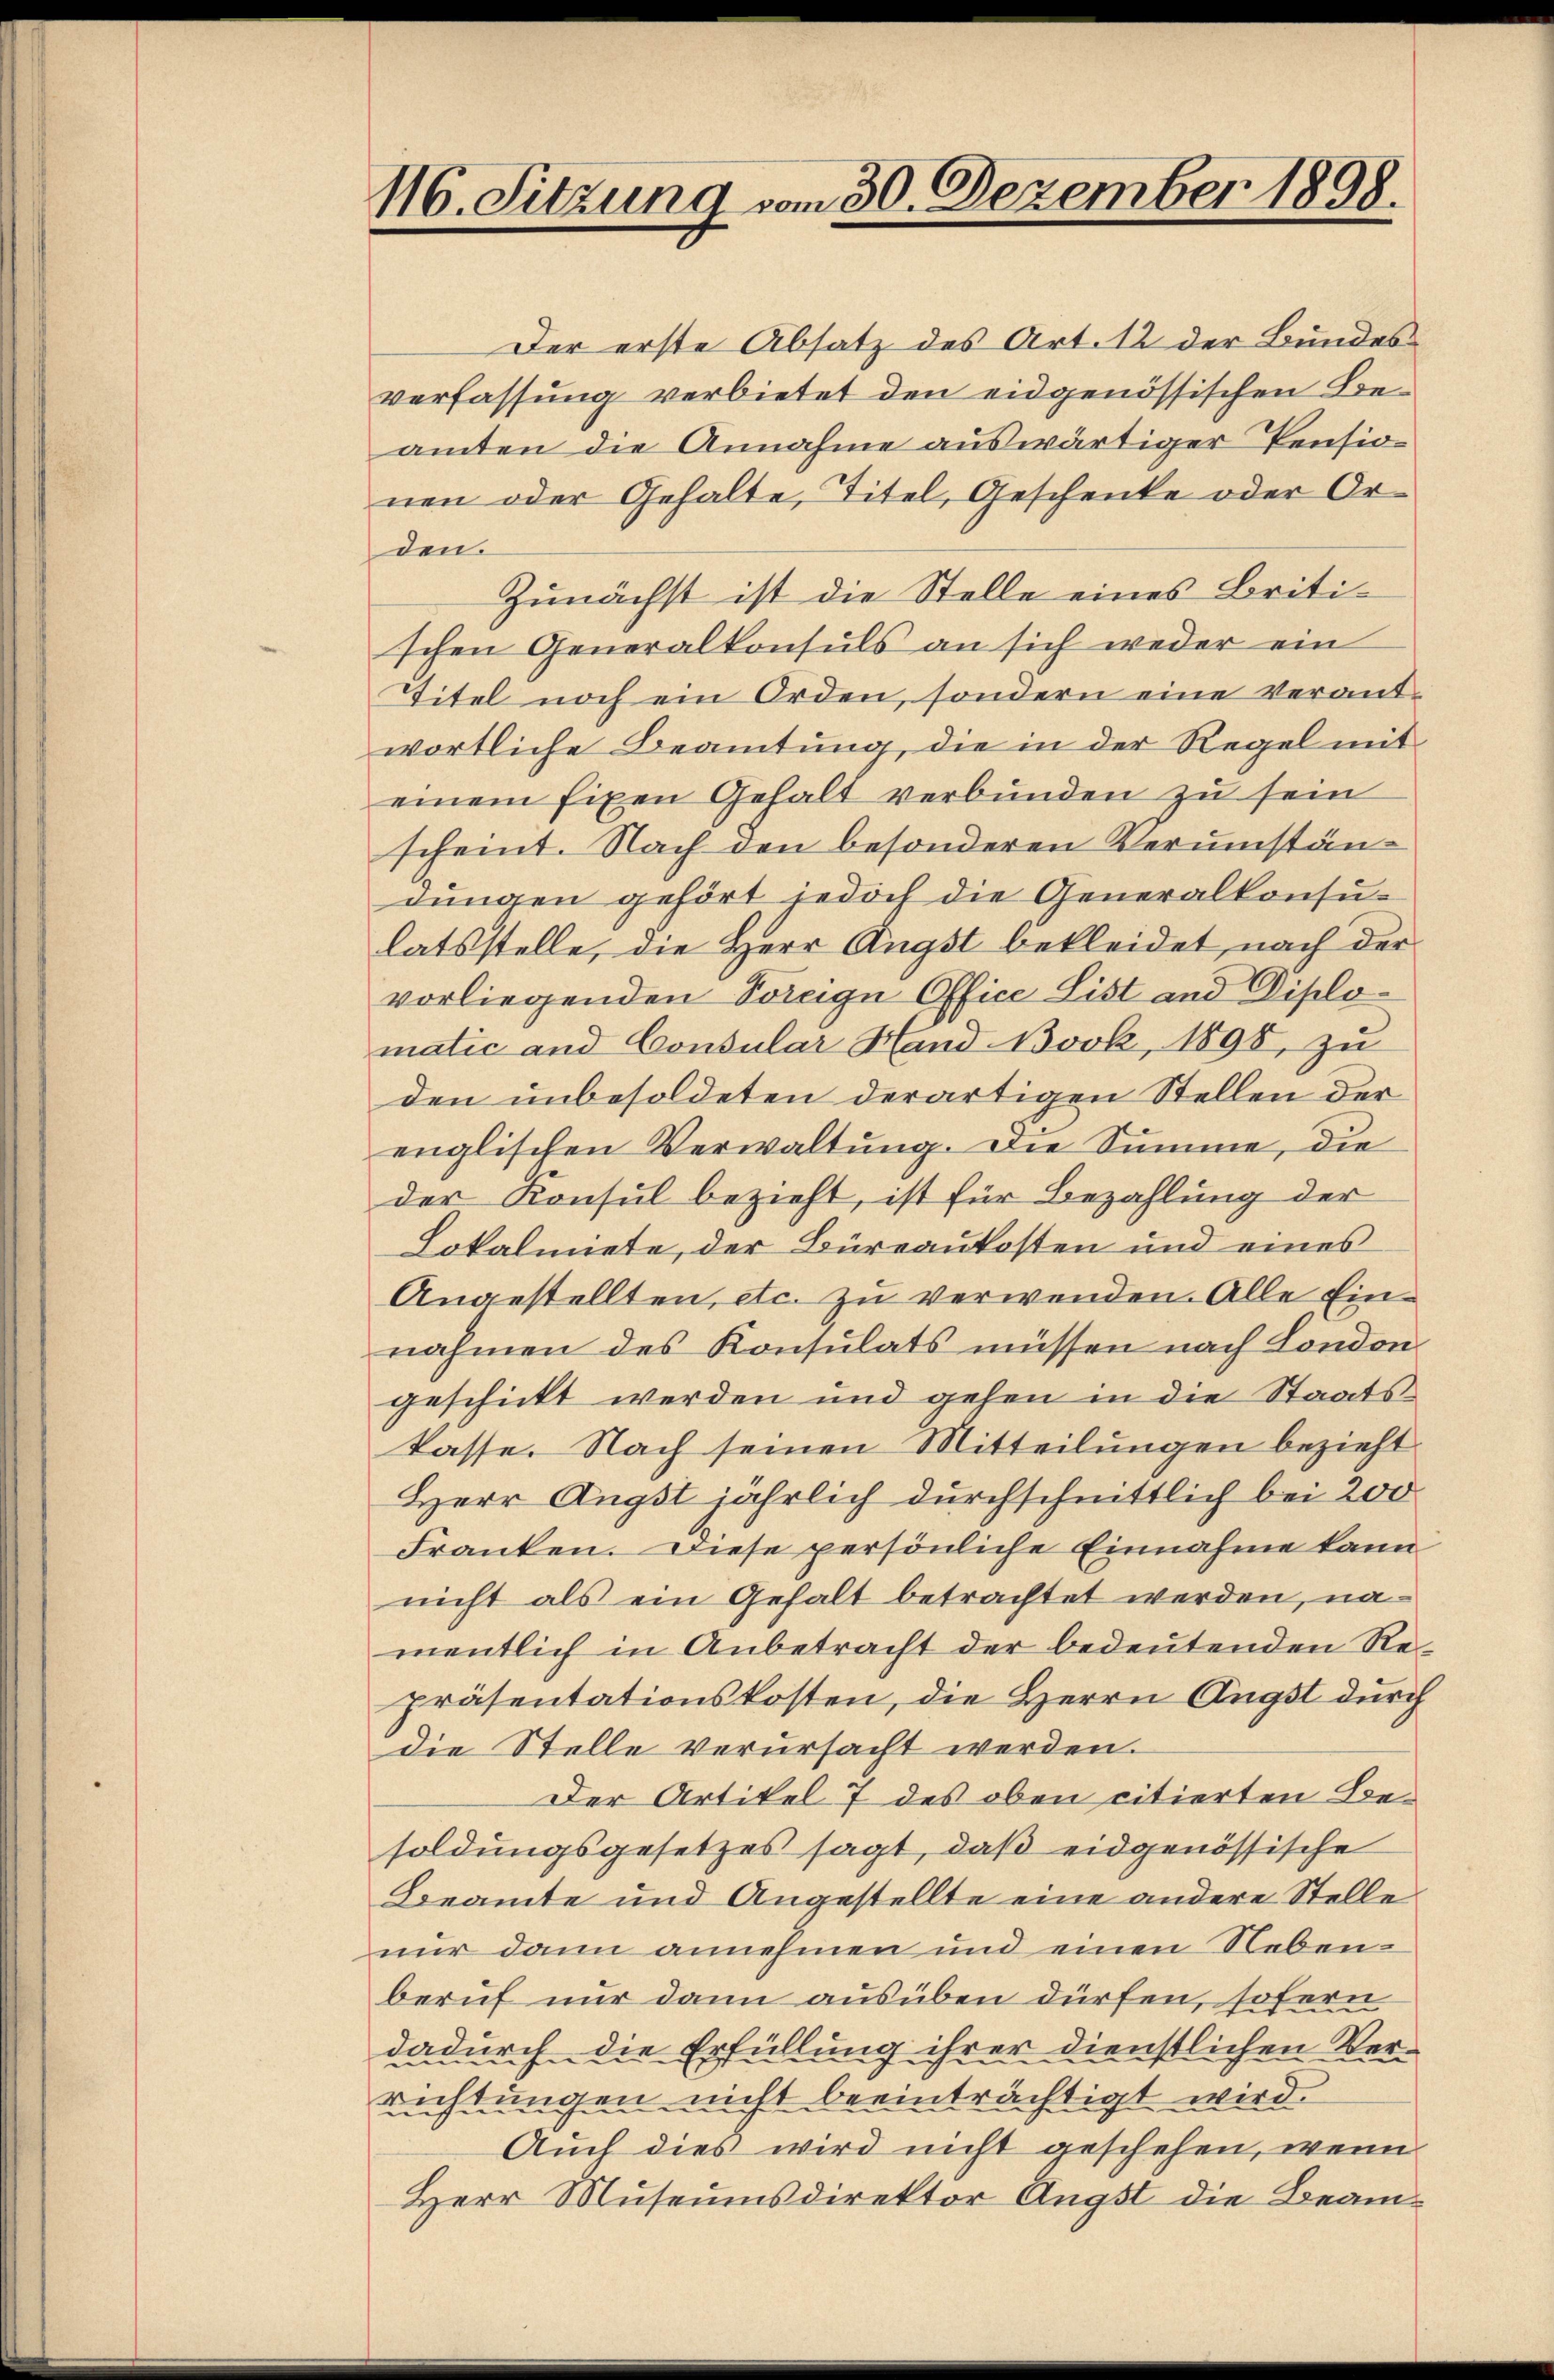
116. Sitzung vom 30. Dezember 1898.

Der erste Absatz des Art. 12 der Bundes
verfassung verbietet den eidgenössischen Beamten die Annahme auswärtiger Pension
nen oder Gehalte, Titel, Geschenke oder Orden.
Zunächst ist die Stelle eines Britischen Generalkonsuls an sich weder ein
Titel noch ein Orden, sondern eine verantwortliche Beamtung, die in der Regel mit
einem fixen Gehalt verbunden zu sein
scheint. Nach den besonderen Verumständungen gehört jedoch die Generalkonsulatsstelle, die Herr Angst bekleidet, nach der
vorliegenden Voreige Office List und Diplomatic und Consular Hand Bock, 1898, zu
den unbesoldeten derartigen Stellen der
englischen Verwaltung. Die Summe, die
der Konsul bezieht, ist für Bezahlung der
Lokalmiete, der Büreaukosten und eines
Angestellten, etc. zu verwenden. Alle Einnahmen des Konsulats müssen nach London
geschickt werden und gehen in die Staatskasse. Nach seinen Mitteilungen bezieht
Herr Ängst jährlich durchschnittlich bei 200
Franken. Diese persönliche Einnahme kann
nicht als ein Gehalt betrachtet werden, namentlich in Anbetracht der bedeutenden Repräsentationskosten, die Herrn Angst durch
die Stelle verursacht werden.
Der Artikel 7 des oben citierten Besoldungsgesetzes sagt, daß eidgenössische
Beamte und Angestellte eine andere Stelle
nur dann annehmen und einen Nebenberuf nur dann ausüben dürfen, sofern
dadurch die Erfüllung ihrer dienstlichen Verrichtungen nicht beeinträchtigt wird.
Auch dies wird nicht geschehen, wenn
Herr Museumsdirektor Angst die Beam¬